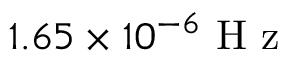
1 . 6 5 \times 1 0 ^ { - 6 } \mathrm { ~ H ~ z ~ }